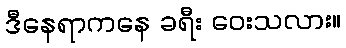
ဒီနေရာကနေ ခရီး ဝေးသလား။